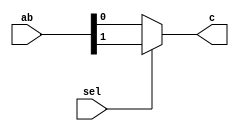
module multiplexer(ab,sel,c);
input [1:0]ab;
input sel;
output c;

assign c = (sel) ? ab[1]:ab[0];

endmodule